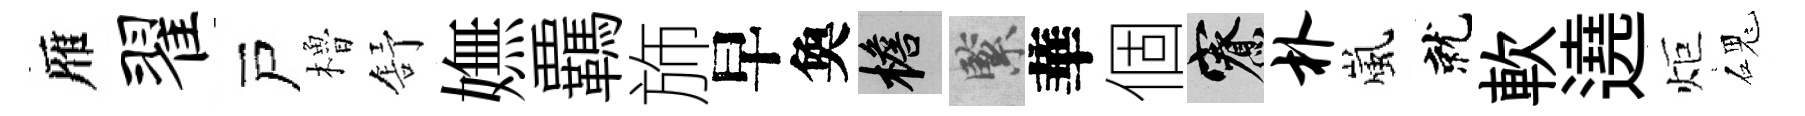
雁翟戸櫓舒嫵覊斾早奐檐緊華個寮朴嵐就軟遶炬磈